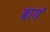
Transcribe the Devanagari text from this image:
बागं